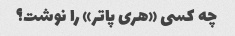
چه کسی «هری پاتر» را نوشت؟